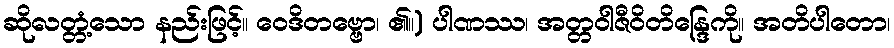
ဆိုလတ္တံ့သော နည်းဖြင့်။ ဝေဒိတဗ္ဗော၊ ၏။) ပါဏဿ၊ အတ္တဝါဇီဝိတိန္ဒြေကို။ အတိပါတော၊